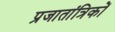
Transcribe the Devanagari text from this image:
प्रजातांत्रिकों